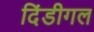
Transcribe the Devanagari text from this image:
दिंडीगल